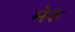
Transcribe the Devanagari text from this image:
मेरुं